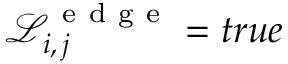
\mathcal { L } _ { i , \, j } ^ { \mathrm { ~ e ~ d ~ g ~ e ~ } } = t r u e